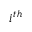
i ^ { t h }